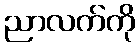
ညာလက်ကို